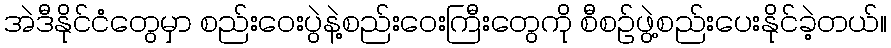
အဲဒီနိုင်ငံတွေမှာ စည်းဝေးပွဲနဲ့စည်းဝေးကြီးတွေကို စီစဉ်ဖွဲ့စည်းပေးနိုင်ခဲ့တယ်။